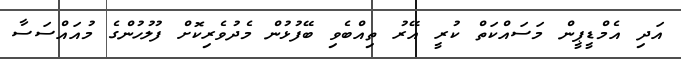
އަދި އެމްޑީޕީން މަސައްކަތް ކުރީ އޭރު ތިއްބެވި ބޭފުޅުން މެދުވެރިކޮށް ފުލުހުންގެ މުއައްސަސާ